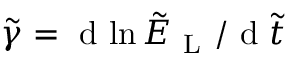
\tilde { \gamma } = \mathrm { ~ d ~ } { \ln \tilde { E } _ { \mathrm { ~ L ~ } } } / \mathrm { ~ d ~ } \tilde { t }